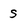
Character: s